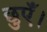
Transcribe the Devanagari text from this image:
छुएँ।